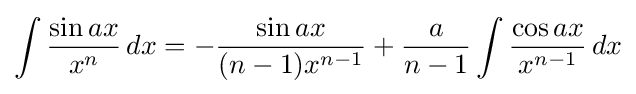
\int {\frac {\sin ax}{x^{n}}}\,dx=-{\frac {\sin ax}{(n-1)x^{n-1}}}+{\frac {a}{n-1}}\int {\frac {\cos ax}{x^{n-1}}}\,dx